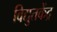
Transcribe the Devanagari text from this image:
विद्युतकेंद्र